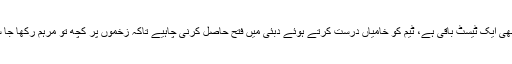
خیر ابھی ایک ٹیسٹ باقی ہے، ٹیم کو خامیاں درست کرتے ہوئے دبئی میں فتح حاصل کرنی چاہیے تاکہ زخموں پر کچھ تو مرہم رکھا جا سکے۔